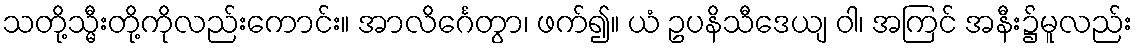
သတို့သ္မီးတို့ကိုလည်းကောင်း။ အာလိင်္ဂေတွာ၊ ဖက်၍။ ယံ ဥပနိသီဒေယျ ဝါ၊ အကြင် အနီး၌မူလည်း